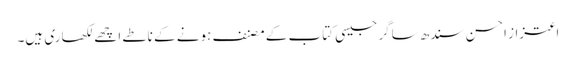
اعتزاز احسن سندھ ساگر جیسی کتاب کے مصنف ہونے کے ناطے اچھے لکھاری ہیں۔